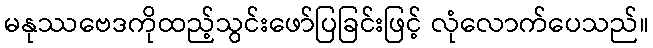
မနုဿဗေဒကိုထည့်သွင်းဖော်ပြခြင်းဖြင့် လုံလောက်ပေသည်။